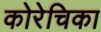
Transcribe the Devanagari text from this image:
कोरेचिका